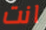
انت